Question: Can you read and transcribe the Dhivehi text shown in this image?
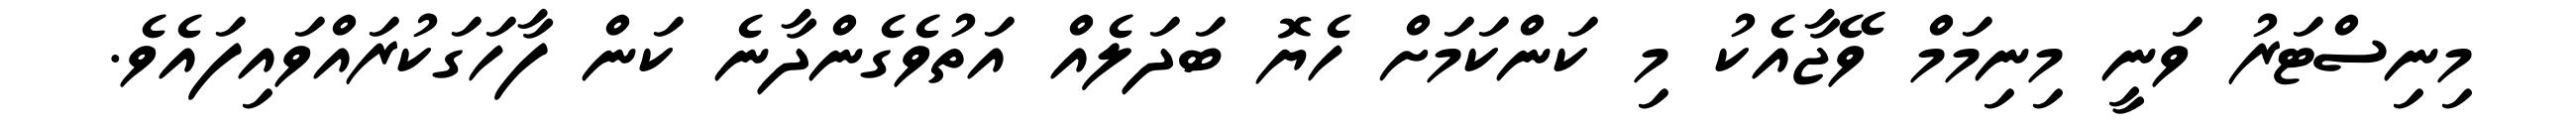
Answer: މިނިސްޓަރު ވަނީ މިނިމަމް ވޭޖާއެކު މި ކަންކަމަށް ހެޔޮ ބަދަލެއް އަތުވެގެންދާނެ ކަން ފާހަގަކުރައްވައިފައެވެ.